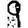
Digit: 9